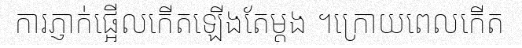
ការភ្ញាក់ផ្អើលកើតឡើងតែម្តង ។ក្រោយពេលកើត